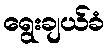
ရွေးချယ်ခံ